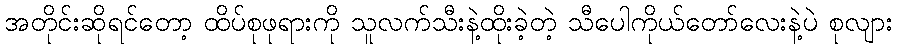
အတိုင်းဆိုရင်တော့ ထိပ်စုဖုရားကို သူလက်သီးနဲ့ထိုးခဲ့တဲ့ သီပေါကိုယ်တော်လေးနဲ့ပဲ စုလျား